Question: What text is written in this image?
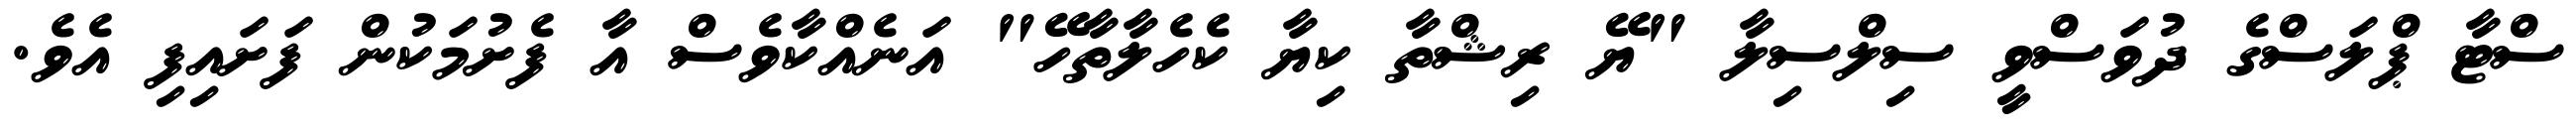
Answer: ސްޓާ ޕްލަސްގެ ދުވަސްވީ ސިލްސިލާ "ޔޭ ރިޝްތާ ކިޔާ ކެހެލާތާހޭ" އަނެއްކާވެސް އާ ފެށުމަކުން ފަށައިފި އެވެ.